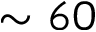
\sim 6 0